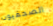
الصحفيون